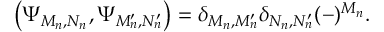
\left( \Psi _ { M _ { n } , N _ { n } } , \Psi _ { M _ { n } ^ { \prime } , N _ { n } ^ { \prime } } \right) = \delta _ { M _ { n } , M _ { n } ^ { \prime } } \delta _ { N _ { n } , N _ { n } ^ { \prime } } ( - ) ^ { M _ { n } } .